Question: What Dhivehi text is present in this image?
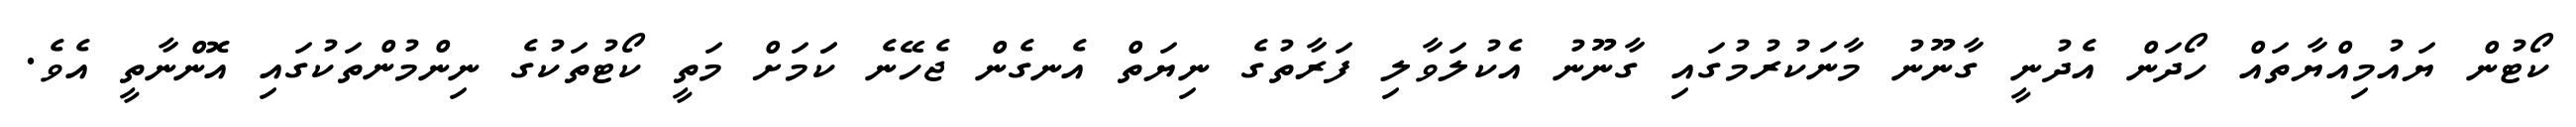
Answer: ކޯޓުން ޔައުމިއްޔާތައް ހޯދަން އެދުނީ ގާނޫނު މާނަކުރުމުގައި ގާނޫނު އެކުލަވާލި ފަރާތުގެ ނިޔަތް އެނގެން ޖެހޭނެ ކަަމަށް މަތީ ކޯޓުތަކުގެ ނިންމުންތަކުގައި އޮންނާތީ އެވެ.